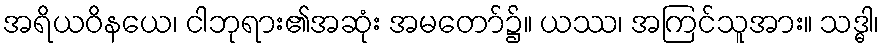
အရိယဝိနယေ၊ ငါဘုရား၏အဆုံး အမတော်၌။ ယဿ၊ အကြင်သူအား။ သဒ္ဓါ၊